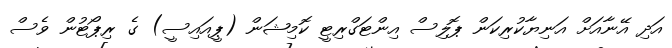
އަދި އޭނާއަށް އަނިޔާކުރިކަން ޕޮލިސް އިންޓަގްރިޓީ ކޮމިޝަން (ޕީއައިސީ) ގެ ރިޕޯޓުން ވެސް